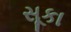
સૂકા